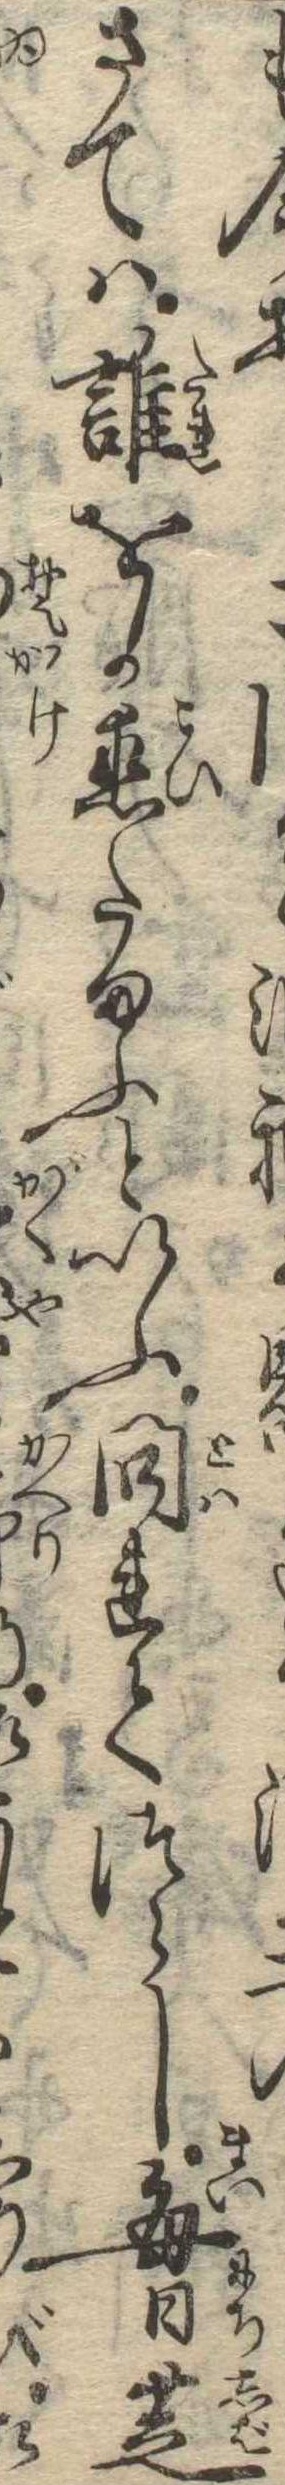
さては誰をか恋たまふといふ問れてつらし毎日芝と